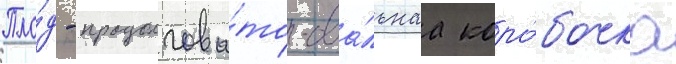
Пло́д - продолгова́то-ова́льнаа коро́бочка